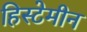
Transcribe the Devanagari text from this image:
हिस्टेमीन